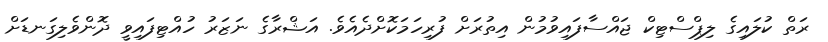
ރަތް ކުލައިގެ ލިޕްސްޓިކް ޖައްސާފައިވުމުން އިތުރަށް ފުރިހަމަކޮށްދެއެވެ. އަޝްރާގެ ނަޒަރު ހުއްޓިފައިވީ ދޮންވެލިގަނޑަށް